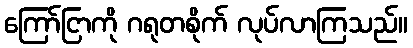
ကြော်ငြာကို ဂရုတစိုက် လုပ်လာကြသည်။